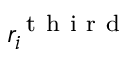
r _ { i } ^ { \mathrm { ~ t ~ h ~ i ~ r ~ d ~ } }